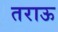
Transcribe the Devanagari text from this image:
तराऊ